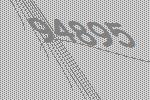
94895